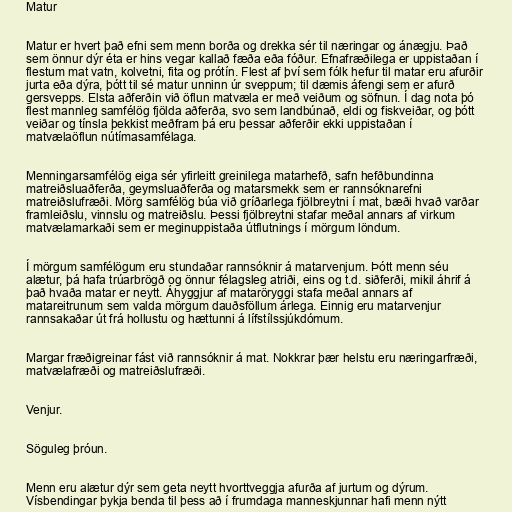
Matur

Matur er hvert það efni sem menn borða og drekka sér til næringar og ánægju. Það
sem önnur dýr éta er hins vegar kallað fæða eða fóður. Efnafræðilega er uppistaðan í
flestum mat vatn, kolvetni, fita og prótín. Flest af því sem fólk hefur til matar eru afurðir
jurta eða dýra, þótt til sé matur unninn úr sveppum; til dæmis áfengi sem er afurð
gersvepps. Elsta aðferðin við öflun matvæla er með veiðum og söfnun. Í dag nota þó
flest mannleg samfélög fjölda aðferða, svo sem landbúnað, eldi og fiskveiðar, og þótt
veiðar og tínsla þekkist meðfram þá eru þessar aðferðir ekki uppistaðan í
matvælaöflun nútímasamfélaga.

Menningarsamfélög eiga sér yfirleitt greinilega matarhefð, safn hefðbundinna
matreiðsluaðferða, geymsluaðferða og matarsmekk sem er rannsóknarefni
matreiðslufræði. Mörg samfélög búa við gríðarlega fjölbreytni í mat, bæði hvað varðar
framleiðslu, vinnslu og matreiðslu. Þessi fjölbreytni stafar meðal annars af virkum
matvælamarkaði sem er meginuppistaða útflutnings í mörgum löndum.

Í mörgum samfélögum eru stundaðar rannsóknir á matarvenjum. Þótt menn séu
alætur, þá hafa trúarbrögð og önnur félagsleg atriði, eins og t.d. siðferði, mikil áhrif á
það hvaða matar er neytt. Áhyggjur af mataröryggi stafa meðal annars af
matareitrunum sem valda mörgum dauðsföllum árlega. Einnig eru matarvenjur
rannsakaðar út frá hollustu og hættunni á lífstílssjúkdómum.

Margar fræðigreinar fást við rannsóknir á mat. Nokkrar þær helstu eru næringarfræði,
matvælafræði og matreiðslufræði.

Venjur.

Söguleg þróun.

Menn eru alætur dýr sem geta neytt hvorttveggja afurða af jurtum og dýrum.
Vísbendingar þykja benda til þess að í frumdaga manneskjunnar hafi menn nýtt